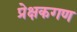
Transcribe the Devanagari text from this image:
प्रेक्षकगण